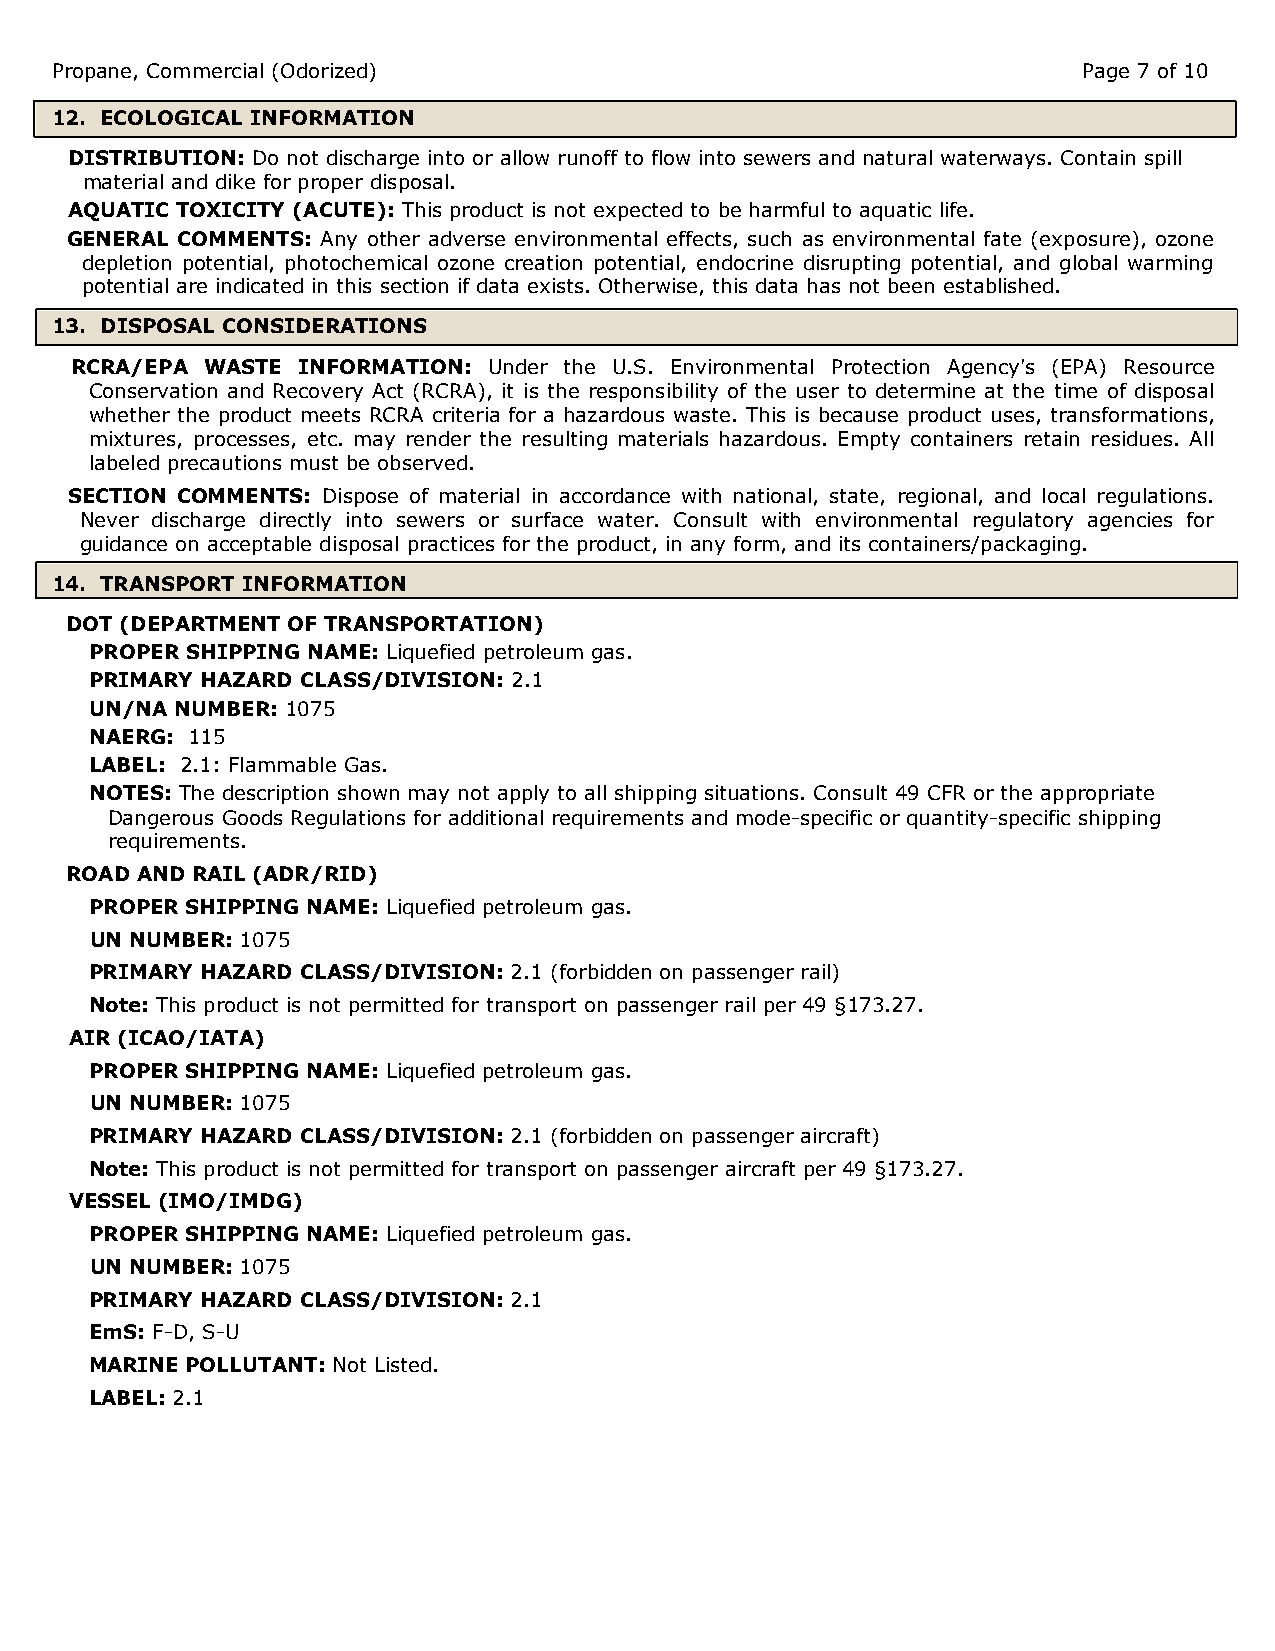
Propane, Commercial (Odorized)                                       Page 7 of 10
 12. ECOLOGICAL INFORMATION
 DISTRIBUTION: Do not discharge into or allow runoff to flow into sewers and natural waterways. Contain spill
 material and dike for proper disposal.
 AQUATIC TOXICITY (ACUTE): This product is not expected to be harmful to aquatic life.
 GENERAL COMMENTS: Any other adverse environmental effects, such as environmental fate (exposure), ozone
 depletion potential, photochemical ozone creation potential, endocrine disrupting potential, and global warming
 potential are indicated in this section if data exists. Otherwise, this data has not been established.
 13. DISPOSAL CONSIDERATIONS
 RCRA/EPA WASTE INFORMATION: Under the U.S. Environmental Protection Agency's (EPA) Resource
 Conservation and Recovery Act (RCRA), it is the responsibility of the user to determine at the time of disposal
 whether the product meets RCRA criteria for a hazardous waste. This is because product uses, transformations,
 mixtures, processes, etc. may render the resulting materials hazardous. Empty containers retain residues. All
 labeled precautions must be observed.
 SECTION COMMENTS: Dispose of material in accordance with national, state, regional, and local regulations.
 Never discharge directly into sewers or surface water. Consult with environmental regulatory agencies for
 guidance on acceptable disposal practices for the product, in any form, and its containers/packaging.
 14. TRANSPORT INFORMATION
 DOT (DEPARTMENT OF TRANSPORTATION)
 PROPER SHIPPING NAME: Liquefied petroleum gas.
 PRIMARY HAZARD CLASS/DIVISION: 2.1
 UN/NA NUMBER: 1075
 NAERG: 115
 LABEL: 2.1: Flammable Gas.
 NOTES: The description shown may not apply to all shipping situations. Consult 49 CFR or the appropriate
 Dangerous Goods Regulations for additional requirements and mode-specific or quantity-specific shipping
 requirements.
 ROAD AND RAIL (ADR/RID)
 PROPER SHIPPING NAME: Liquefied petroleum gas.
 UN NUMBER: 1075
 PRIMARY HAZARD CLASS/DIVISION: 2.1 (forbidden on passenger rail)
 Note: This product is not permitted for transport on passenger rail per 49 §173.27.
 AIR (ICAO/IATA)
 PROPER SHIPPING NAME: Liquefied petroleum gas.
 UN NUMBER: 1075
 PRIMARY HAZARD CLASS/DIVISION: 2.1 (forbidden on passenger aircraft)
 Note: This product is not permitted for transport on passenger aircraft per 49 §173.27.
 VESSEL (IMO/IMDG)
 PROPER SHIPPING NAME: Liquefied petroleum gas.
 UN NUMBER: 1075
 PRIMARY HAZARD CLASS/DIVISION: 2.1
 EmS: F-D, S-U
 MARINE POLLUTANT: Not Listed.
 LABEL: 2.1